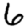
Digit: 6